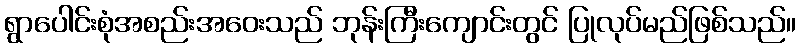
ရွာပေါင်းစုံအစည်းအဝေးသည် ဘုန်းကြီးကျောင်းတွင် ပြုလုပ်မည်ဖြစ်သည်။